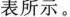
表所示。